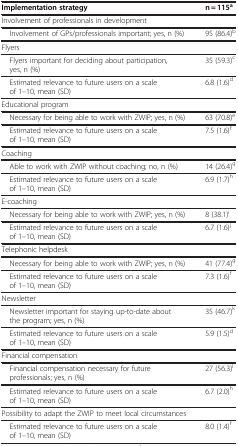
<table><thead><tr><td><b>Implementation strategy</b></td><td><b>n = 115<sup>a</sup></b></td></tr></thead><tbody><tr><td>Involvement of professionals in development</td><td> </td></tr><tr><td> Involvement of GPs/professionals important; yes, n (%)</td><td>95 (86.4)<sup>b</sup></td></tr><tr><td>Flyers</td><td> </td></tr><tr><td> Flyers important for deciding about participation, yes, n (%)</td><td>35 (59.3)<sup>c</sup></td></tr><tr><td> Estimated relevance to future users on a scale of 1–10, mean (SD)</td><td>6.8 (1.6)<sup>d</sup></td></tr><tr><td>Educational program</td><td> </td></tr><tr><td> Necessary for being able to work with ZWIP; yes, n (%)</td><td>63 (70.8)<sup>e</sup></td></tr><tr><td> Estimated relevance to future users on a scale of 1–10, mean (SD)</td><td>7.5 (1.6)<sup>f</sup></td></tr><tr><td>Coaching</td><td> </td></tr><tr><td> Able to work with ZWIP without coaching; no, n (%)</td><td>14 (26.4)<sup>g</sup></td></tr><tr><td> Estimated relevance to future users on a scale of 1–10, mean (SD)</td><td>6.9 (1.7)<sup>h</sup></td></tr><tr><td>E-coaching</td><td> </td></tr><tr><td> Necessary for being able to work with ZWIP; yes, n (%)</td><td>8 (38.1)<sup>i</sup></td></tr><tr><td> Estimated relevance to future users on a scale of 1–10, mean (SD)</td><td>6.7 (1.6)<sup>j</sup></td></tr><tr><td>Telephonic helpdesk</td><td> </td></tr><tr><td> Necessary for being able to work with ZWIP; yes, n (%)</td><td>41 (77.4)<sup>g</sup></td></tr><tr><td> Estimated relevance to future users on a scale of 1–10, mean (SD)</td><td>7.3 (1.6)<sup>f</sup></td></tr><tr><td>Newsletter</td><td> </td></tr><tr><td> Newsletter important for staying up-to-date about the program; yes, n (%)</td><td>35 (46.7)<sup>k</sup></td></tr><tr><td> Estimated relevance to future users on a scale of 1–10, mean (SD)</td><td>5.9 (1.5)<sup>d</sup></td></tr><tr><td>Financial compensation</td><td> </td></tr><tr><td> Financial compensation necessary for future professionals; yes, n (%)</td><td>27 (56.3)<sup>l</sup></td></tr><tr><td> Estimated relevance to future users on a scale of 1–10, mean (SD)</td><td>6.7 (2.0)<sup>h</sup></td></tr><tr><td>Possibility to adapt the ZWIP to meet local circumstances</td><td> </td></tr><tr><td> Estimated relevance to future users on a scale of 1–10, mean (SD)</td><td>8.0 (1.4)<sup>f</sup></td></tr></tbody></table>